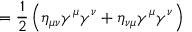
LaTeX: = { \frac { 1 } { 2 } } \left( \eta _ { \mu \nu } \gamma ^ { \mu } \gamma ^ { \nu } + \eta _ { \nu \mu } \gamma ^ { \mu } \gamma ^ { \nu } \right)